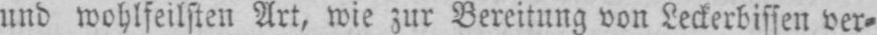
und wohlfeilsten Art, wie zur Bereitung von Leckerbissen ver⸗